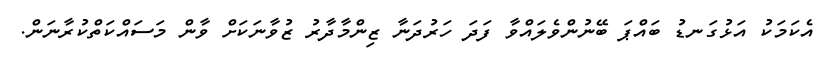
އެކަމަކު އަޅުގަނޑު ބައްޕަ ބޭނުންވެލައްވާ ފަދަ ހަރުދަނާ ޒިންމާދާރު ޒުވާނަކަށް ވާން މަސައްކަތްކުރާނަން.